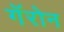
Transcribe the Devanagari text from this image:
गॅरोन